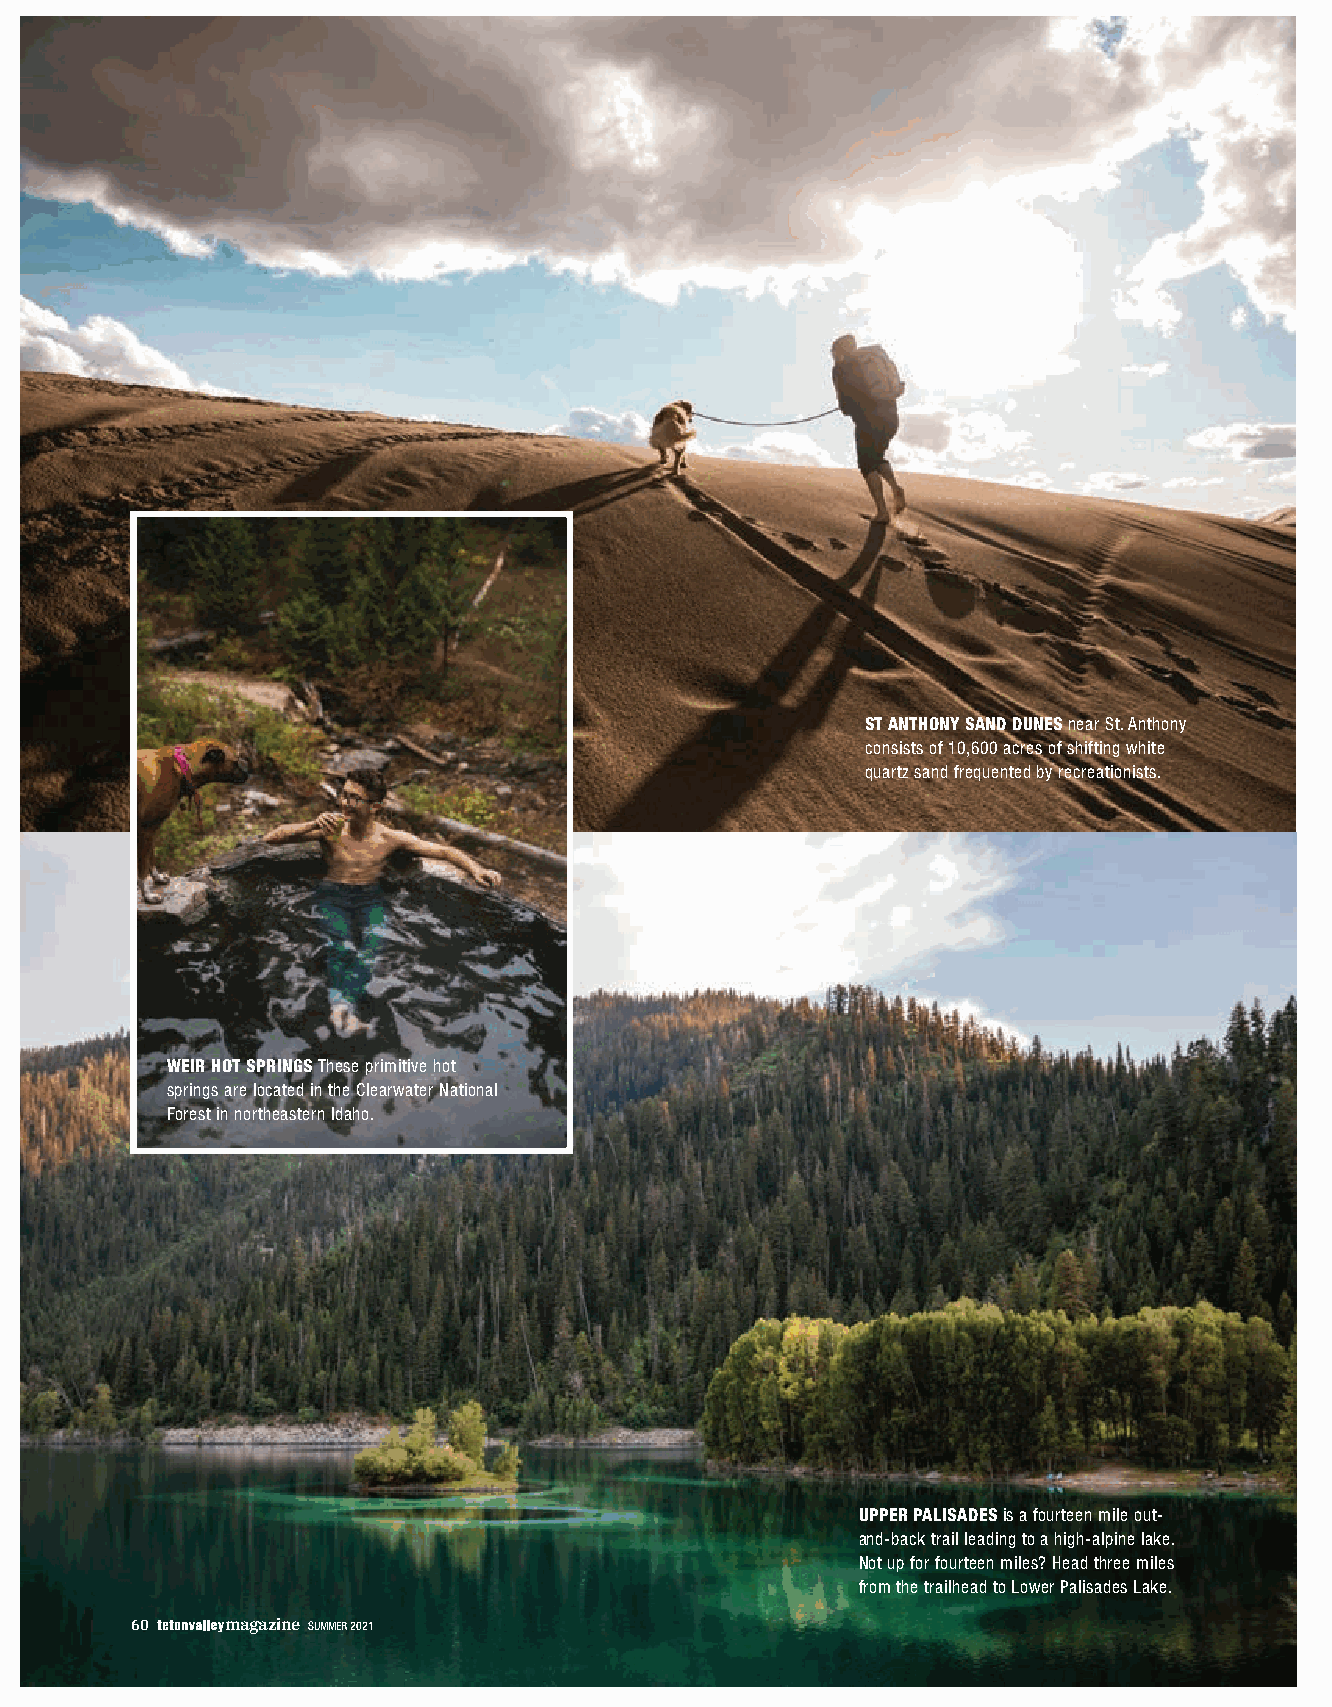
ST ANTHONY SAND DUNES near St. Anthony
 consists of 10,600 acres of shifting white
 quartz sand frequented by recreationists.
 WEIR HOT SPRINGS These primitive hot
 springs are located in the Clearwater National
 Forest in northeastern Idaho.
 UPPER PALISADES is a fourteen mile out-
 and-back trail leading to a high-alpine lake.
 Not up for fourteen miles? Head three miles
 from the trailhead to Lower Palisades Lake.
 60    magazine SUMMER 2021